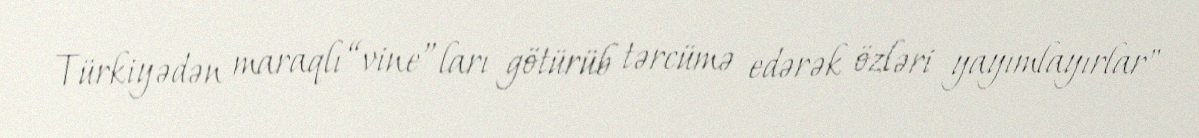
Türkiyədən maraqlı “vine”ları götürüb tərcümə edərək özləri yayımlayırlar"